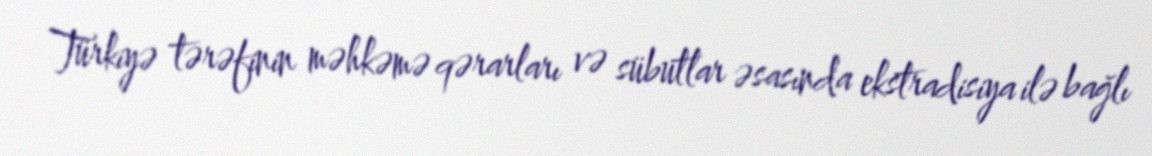
Türkiyə tərəfinin məhkəmə qərarları və sübutlar əsasında ekstradisiya ilə bağlı